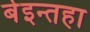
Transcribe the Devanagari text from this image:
बेइन्तहा